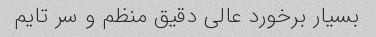
بسیار برخورد عالی دقیق منظم و سر تایم